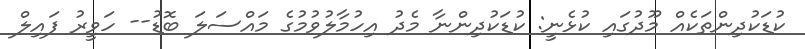
ކުޑަކުދިންތަކެއް މޫދުގައި ކުޅެނީ: ކުޑަކުދިންނާ މެދު އިހުމާލުވުމުގެ މައްސަލަ ބޮޑު-- ހަވީރު ފައިލް